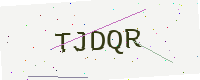
Text: TJDQR